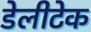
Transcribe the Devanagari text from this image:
डेलीटेक